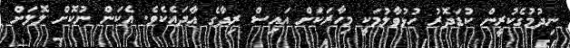
ނިދުމުގެކުރީން ކުޑަދޮރު ހުޅުވާލުމަކީ މިހާރަކަށް އައިސް ރިދާގެ އާދައެކެވެ. އެކަން ނުކޮށް ލޮލަށް